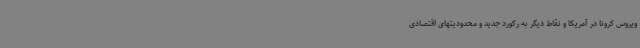
ویروس کرونا در آمریکا و نقاط دیگر به رکورد جدید و محدودیتهای اقتصادی